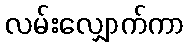
လမ်းလျှောက်ကာ